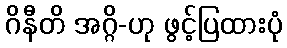
ဂိနီတိ အဂ္ဂိ-ဟု ဖွင့်ပြထားပုံ